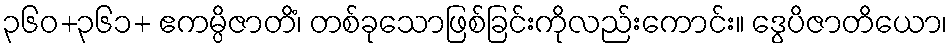
၃၆၀+၃၆၁+ ဧကမ္ပိဇာတိံ၊ တစ်ခုသောဖြစ်ခြင်းကိုလည်းကောင်း။ ဒွေပိဇာတိယော၊